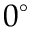
0 ^ { \circ }